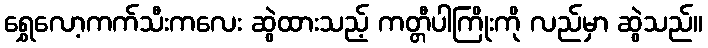
ရွှေလော့ကက်သီးကလေး ဆွဲထားသည့် ကတ္တီပါကြိုးကို လည်မှာ ဆွဲသည်။